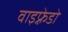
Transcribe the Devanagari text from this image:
वाइफ़्रेडो